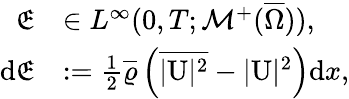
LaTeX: \begin{array}{rl}{\mathfrak{E}}&{\in L^{\infty}(0,T;\mathcal{M}^{+}(\overline{{\Omega}})),}\\ {\textup{d}\mathfrak{E}}&{:=\frac{1}{2}\overline{{\varrho}}\left(\overline{{|\textbf{\textup{U}}|^{2}}}-|\textbf{\textup{U}}|^{2}\right)\textup{d}x,}\end{array}